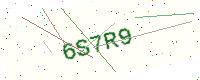
Text: 6S7R9